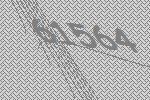
61564